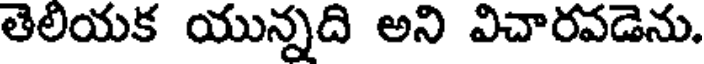
తెలియక యున్నది అని విచారవడెను.